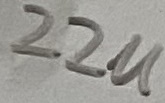
Text: 22u